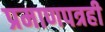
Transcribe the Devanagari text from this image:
प्रमाणपत्रही